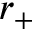
r _ { + }